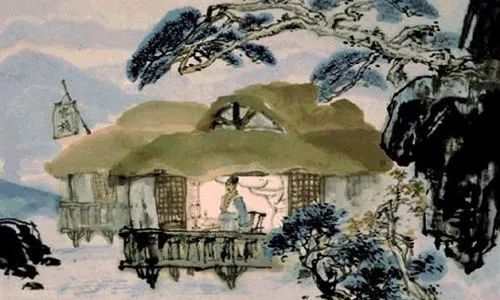
胡人吹笛戍楼间，楼上萧条海月闲。